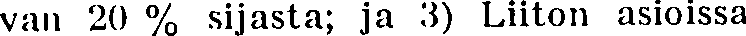
van 20 % sijasta; ja 3) Liiton asioissa